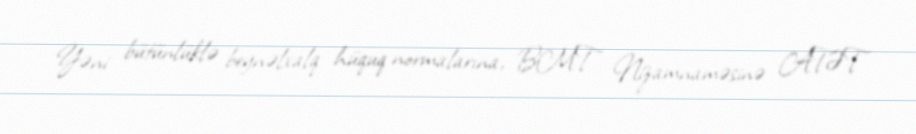
Yəni bütünlüklə beynəlxalq hüquq normalarına, BMT Nizamnaməsinə ATƏT